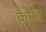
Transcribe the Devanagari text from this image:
कपड